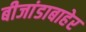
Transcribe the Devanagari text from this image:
बीजांडाबाहेर